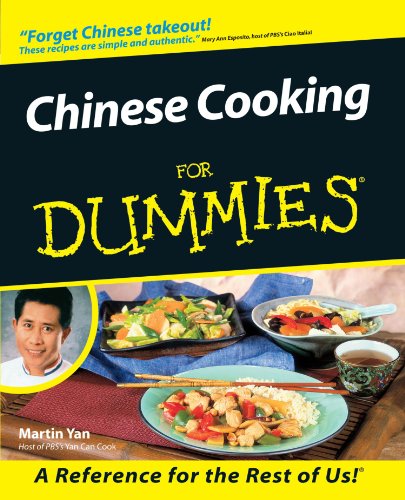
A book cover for Chinese Cooking For Dummies; Martin Yan; Cookbooks, Food & Wine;